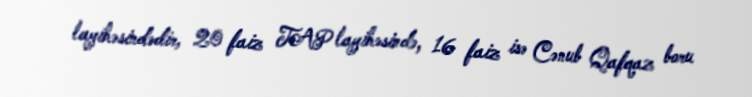
layihəsindədir, 20 faiz TAP layihəsində, 16 faiz isə Cənub Qafqaz boru